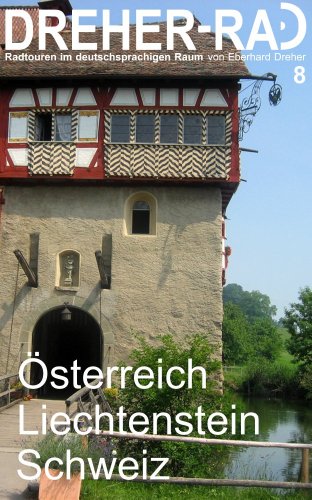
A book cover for DREHER-RAD 8 ÃEsterreich, Liechtenstein, Schweiz: "atur und Kultur mit dem Fahrrad erleben" - Radtouren im deutschsprachigen Raum (German Edition).; Eberhard Dreher; Travel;